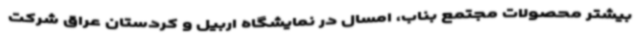
بیشتر محصولات مجتمع بناب، امسال در نمایشگاه اربیل و کردستان عراق شرکت